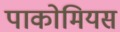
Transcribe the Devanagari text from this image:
पाकोमियस